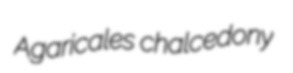
Agaricales chalcedony